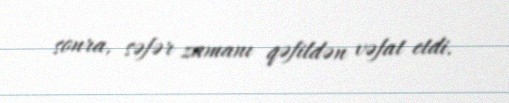
sonra, səfər zamanı qəfildən vəfat etdi.